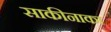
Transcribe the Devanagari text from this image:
साकीनाका